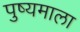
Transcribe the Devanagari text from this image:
पुष्यमाला